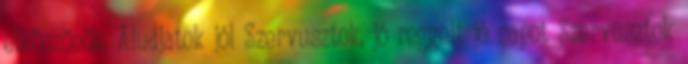
elköszönök. Aludjatok jól Szervusztok, jó reggelt jó napot Szervusztok